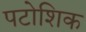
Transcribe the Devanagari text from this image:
पटोशिक